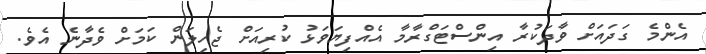
އެންމެ ގަދައަށް ވާދަކުރާ އިންސްޓަގްރާމާ އެއްފިޔަވަޅު ކުރިއަށް ޖެހިލަން ކަމަށް ވެދާނެ އެވެ.